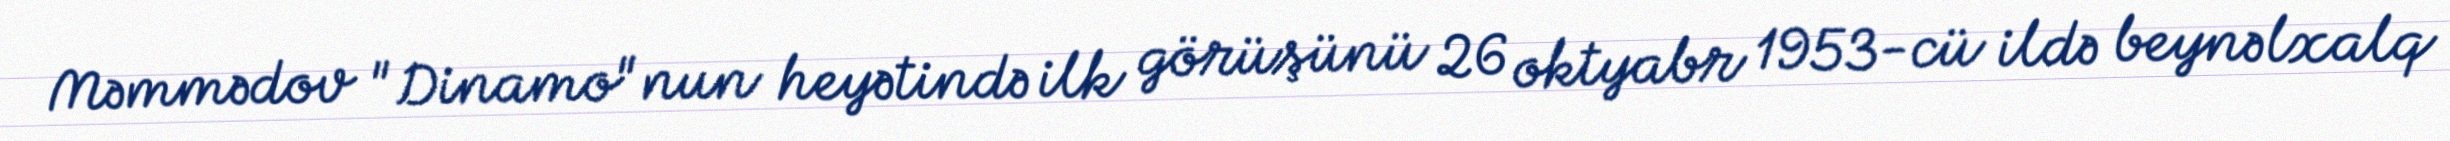
Məmmədov "Dinamo"nun heyətində ilk görüşünü 26 oktyabr 1953-cü ildə beynəlxalq